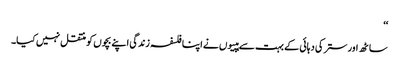
‘‘
ساٹھ اور ستر کی دہائی کے بہت سے ہپیوں نے اپنا فلسفہ زندگی اپنے بچوں کو منتقل نہیں کیا۔